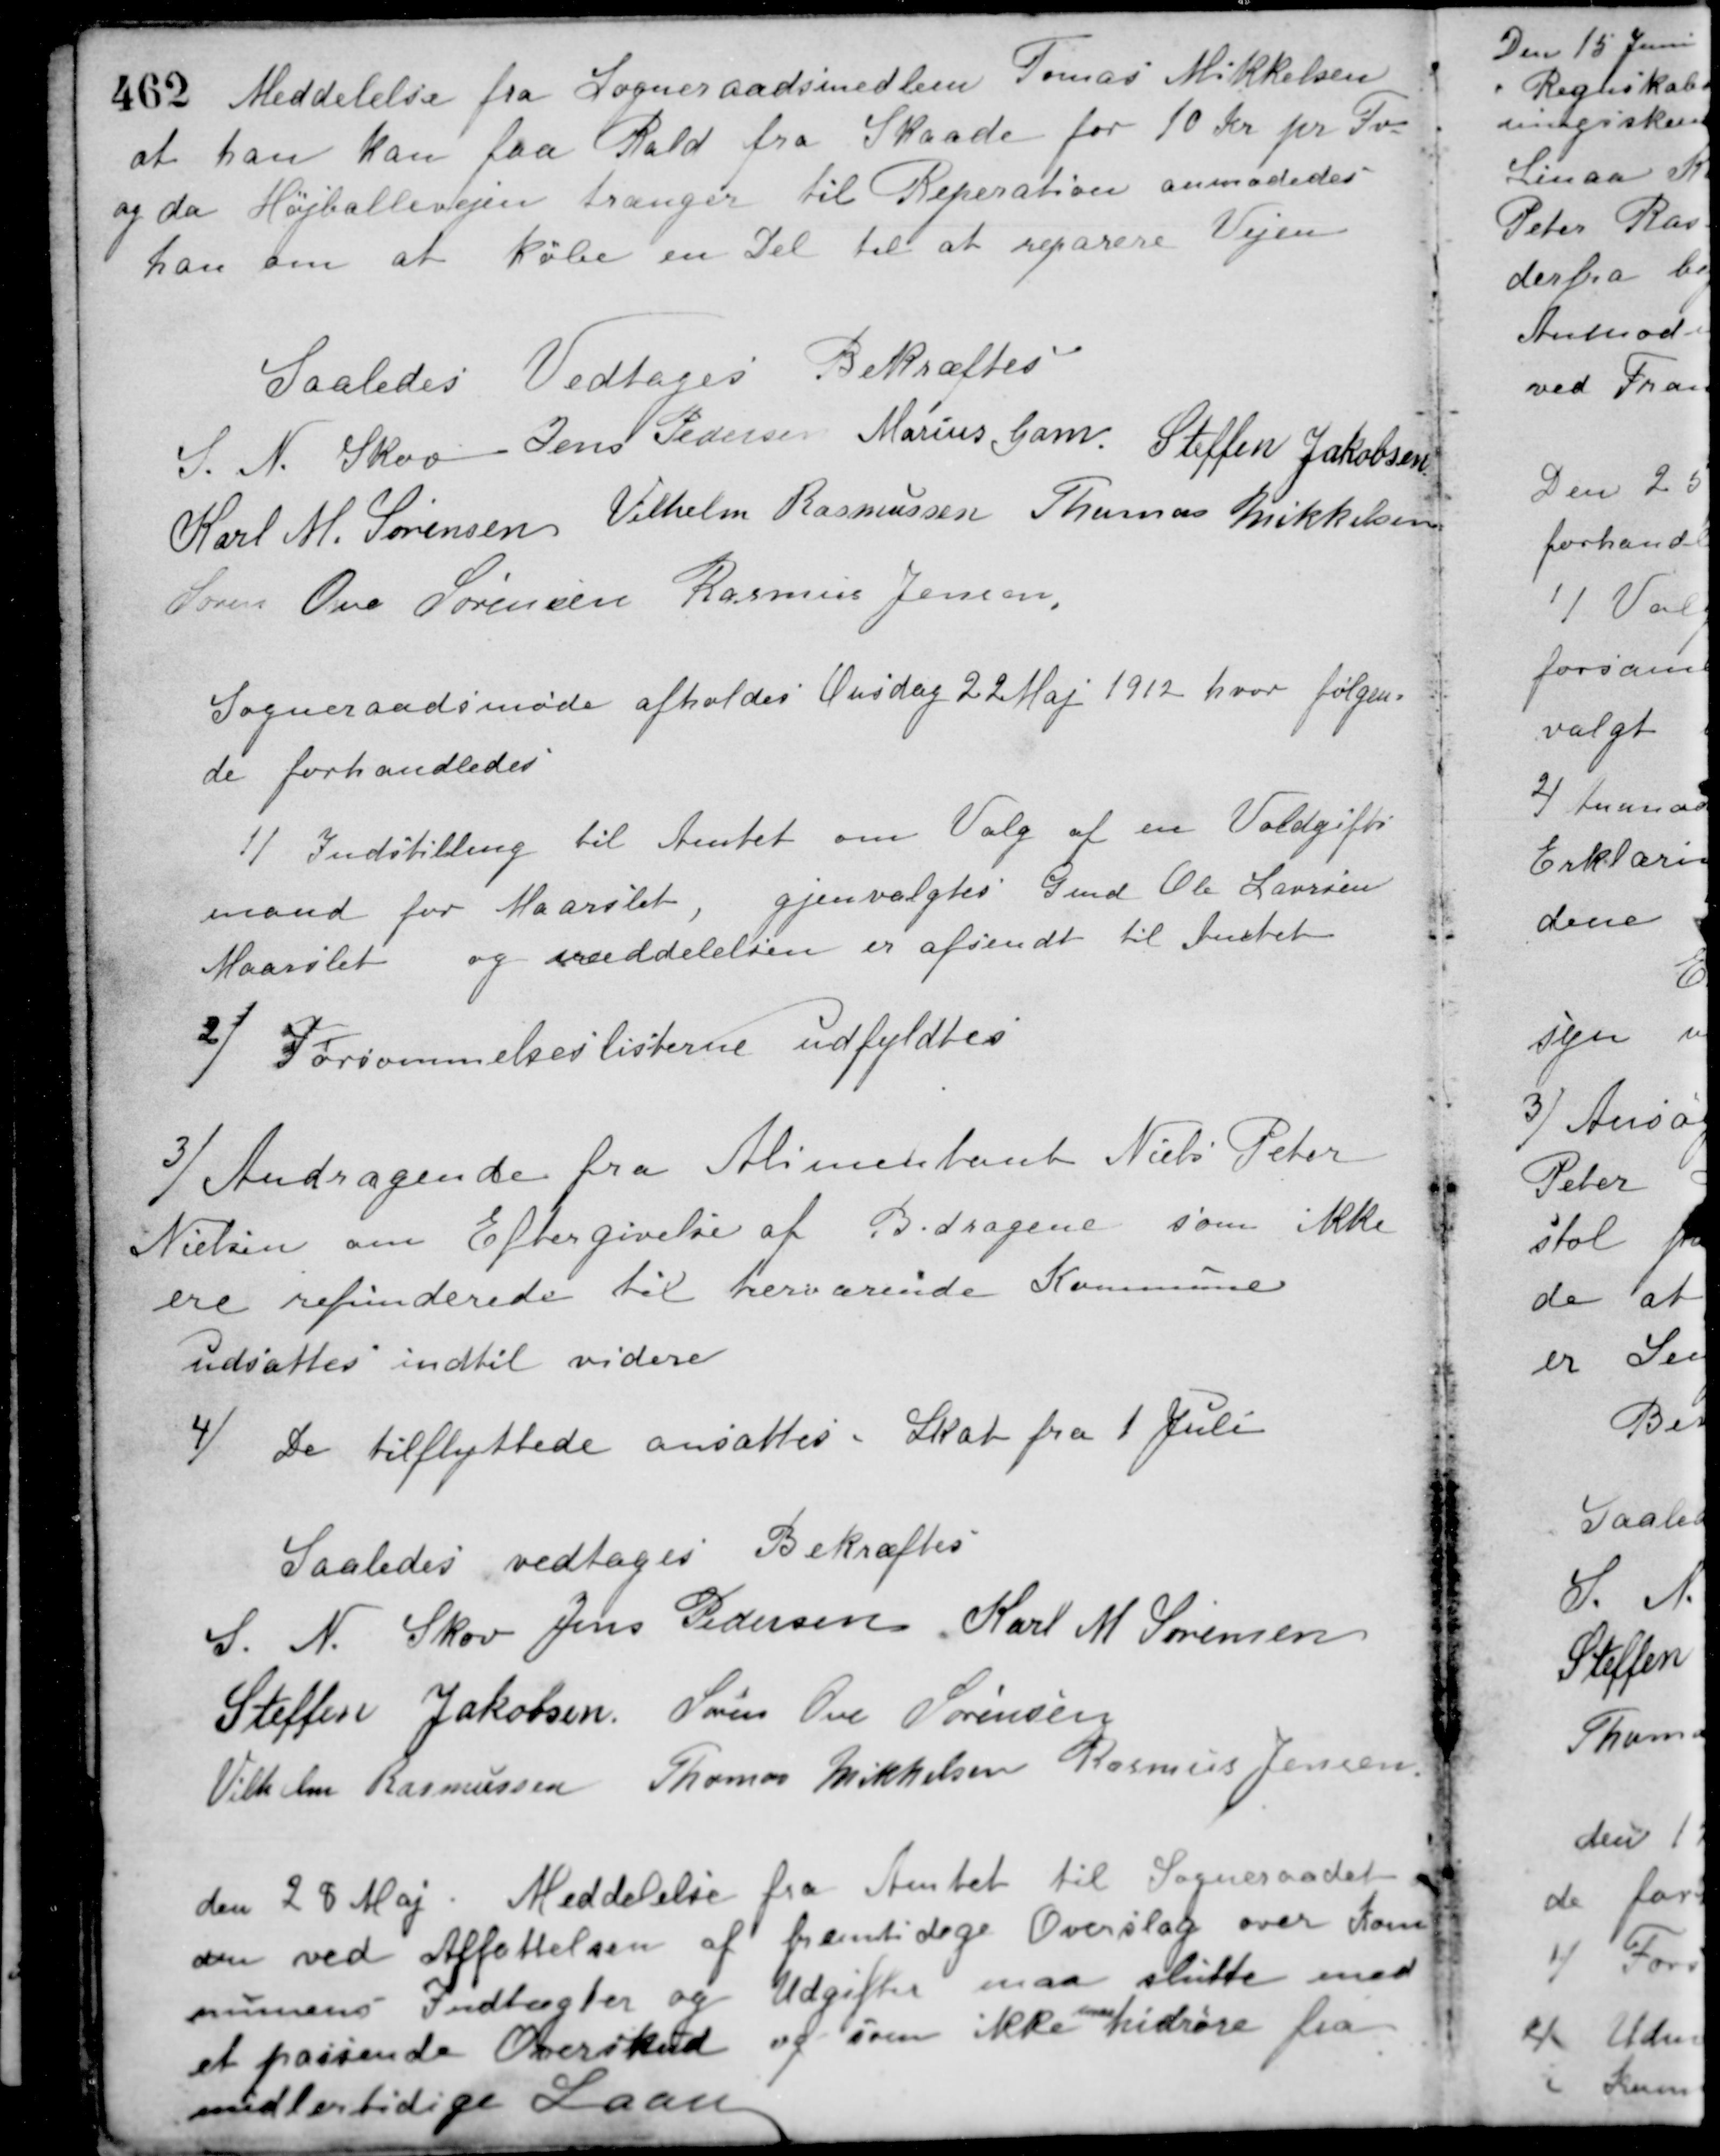
Transskription:
Meddelelse fra Sogneraadsmedlem Tomas Mikkelsen
at han kan faa Rald fra Skaade for 10 Kr. pr. Fv.
og da Højballevejen trænger til Reperation anmodedes
han om at købe en Del til at reparere Vejen.
Saaledes Vedtages Bekræftes
S. N. Skov Jens Pedersen Marius Gam Steffen Jakobsen
Karl M. Sørensen Vilhelm Rasmussen Thomas Mikkelsen
Søren Ove Sørensen Rasmus Jensen
Sogneraadsmøde afholdes Onsdag 22 Maj 1912 hvor følgen-
de forhandledes
1/ Indstilling til Amtet om Valg af en Voldgifts-
mand for Maarslet, gjenvalgtes Gmd. Ole Laursen
Maarslet og meddelelsen er afsendt til Amtet.
2/ Forsømmelseslisterne udfyldtes.
Andragende fra Alimentant Niels Peter
3/
Nielsen om Eftergivelse af Bidragene som ikke
ere refunderede til herværende Kommune
udsattes indtil videre.
4/ De tilflyttede ansattes i Skat fra 1 Juli.
Saaledes vedtages Bekræftes
S. N. Skov Jens Pedersen Karl M. Sørensen
Steffen Jakobsen Søren Ove Sørensen
Vilhelm Rasmussen Thomas Mikkelsen Rasmus Jensen
den 28 Maj. Meddelelse fra Amtet til Sogneraadet
om ved Affattelsen af fremtidige Overslag over Kom-
munens Indtægter og Udgifter maa slutte med
et passende Overskud og som ikke maa hidrøre fra
midlertidige Laan.